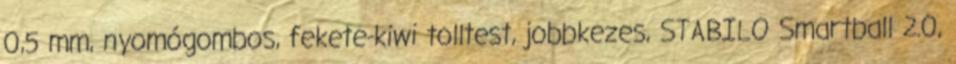
0,5 mm, nyomógombos, fekete-kiwi tolltest, jobbkezes, STABILO Smartball 2.0,